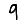
Digit: 9